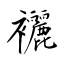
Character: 襹